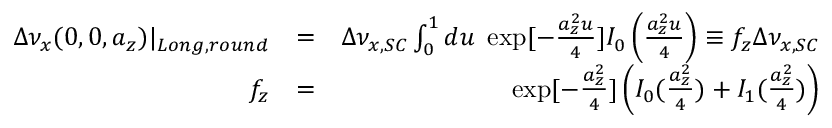
\begin{array} { r l r } { \Delta \nu _ { x } ( 0 , 0 , a _ { z } ) | _ { L o n g , r o u n d } } & { = } & { \Delta \nu _ { x , S C } \int _ { 0 } ^ { 1 } d u \; \exp [ - \frac { a _ { z } ^ { 2 } u } { 4 } ] I _ { 0 } \left( \frac { a _ { z } ^ { 2 } u } { 4 } \right) \equiv f _ { z } \Delta \nu _ { x , S C } } \\ { f _ { z } } & { = } & { \exp [ - \frac { a _ { z } ^ { 2 } } { 4 } ] \left( I _ { 0 } ( \frac { a _ { z } ^ { 2 } } { 4 } ) + I _ { 1 } ( \frac { a _ { z } ^ { 2 } } { 4 } ) \right) } \end{array}